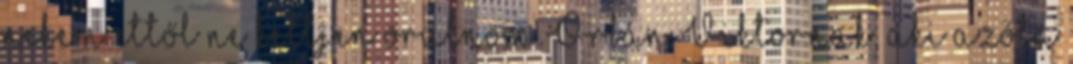
nekem ettől ne kelljen örülnöm Orbán Viktornak, aki azóta